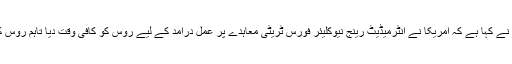
غیر ملکی میڈیا کے مطابق امریکی وزیر خارجہ مائیک پومپیو نے کہا ہے کہ امریکا نے انٹرمیڈیٹ رینج نیوکلیئر فورس ٹریٹی معاہدے پر عمل درآمد کے لیے روس کو کافی وقت دیا تاہم روس کئی سالوں سے معاہدے کی شرائط کی خلاف ورزی کر رہا تھا۔